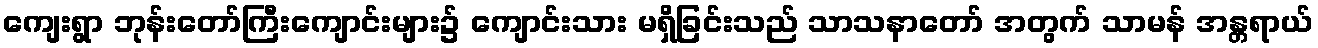
ကျေးရွာ ဘုန်းတော်ကြီးကျောင်းများ၌ ကျောင်းသား မရှိခြင်းသည် သာသနာတော် အတွက် သာမန် အန္တရာယ်